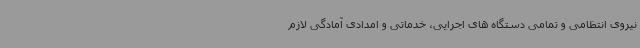
نیروی انتظامی و تمامی دستگاه های اجرایی، خدماتی و امدادی آمادگی لازم